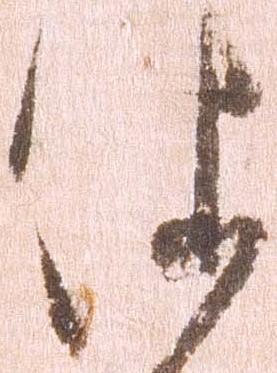
依